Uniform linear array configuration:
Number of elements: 64
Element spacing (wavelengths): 0.25
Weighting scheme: cosine
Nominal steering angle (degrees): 60
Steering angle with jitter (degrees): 61.411
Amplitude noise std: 0.05
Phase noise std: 0.05

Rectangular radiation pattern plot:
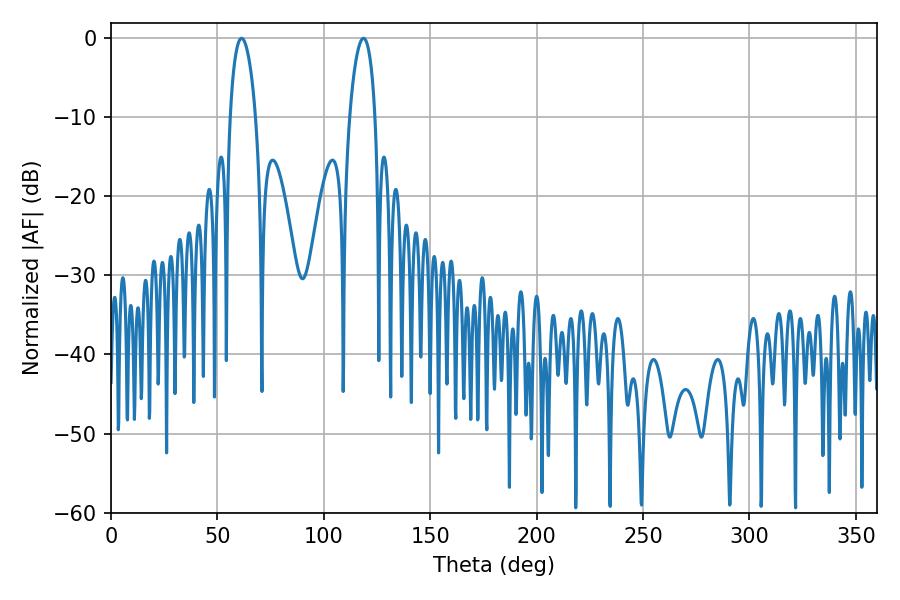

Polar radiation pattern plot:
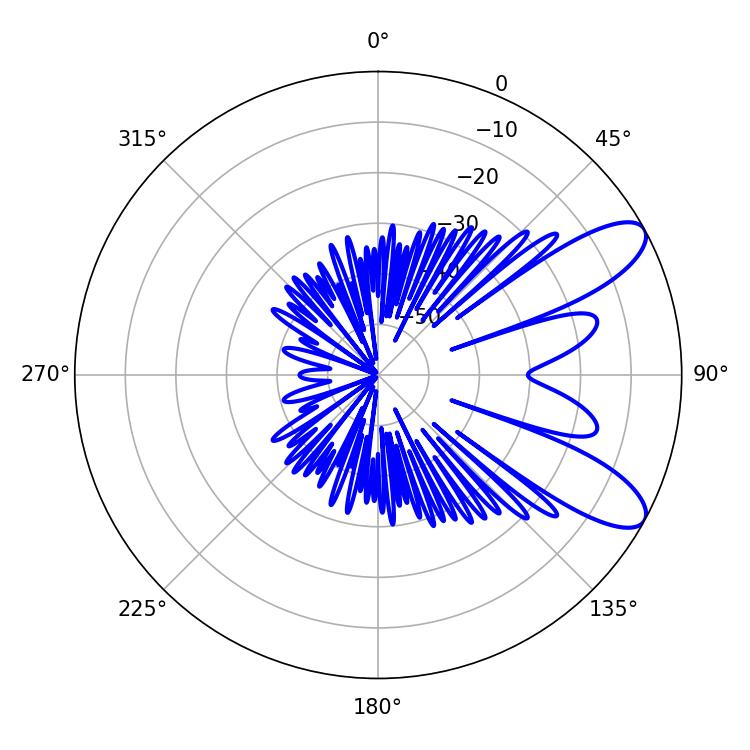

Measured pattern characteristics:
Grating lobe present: FALSE
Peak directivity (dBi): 9.364
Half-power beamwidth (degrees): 6.84
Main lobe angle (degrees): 61.38